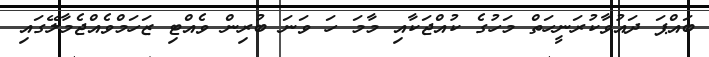
ބައްޕަ ދައުވާކުރަނީހަތް މަހުގެ ކުއްޖަކާއި މާމަ ހަ ވަނަ ބުރިން ވެއްޓި ޒަހަމްވެއްޖެމާލޭގައި